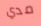
مدي